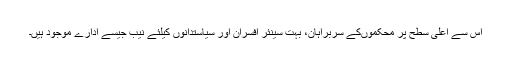
اس سے اعلیٰ سطح پر محکموںکے سربراہان، بہت سینئر افسران اور سیاستدانوں کیلئے نیب جیسے ادارے موجود ہیں۔